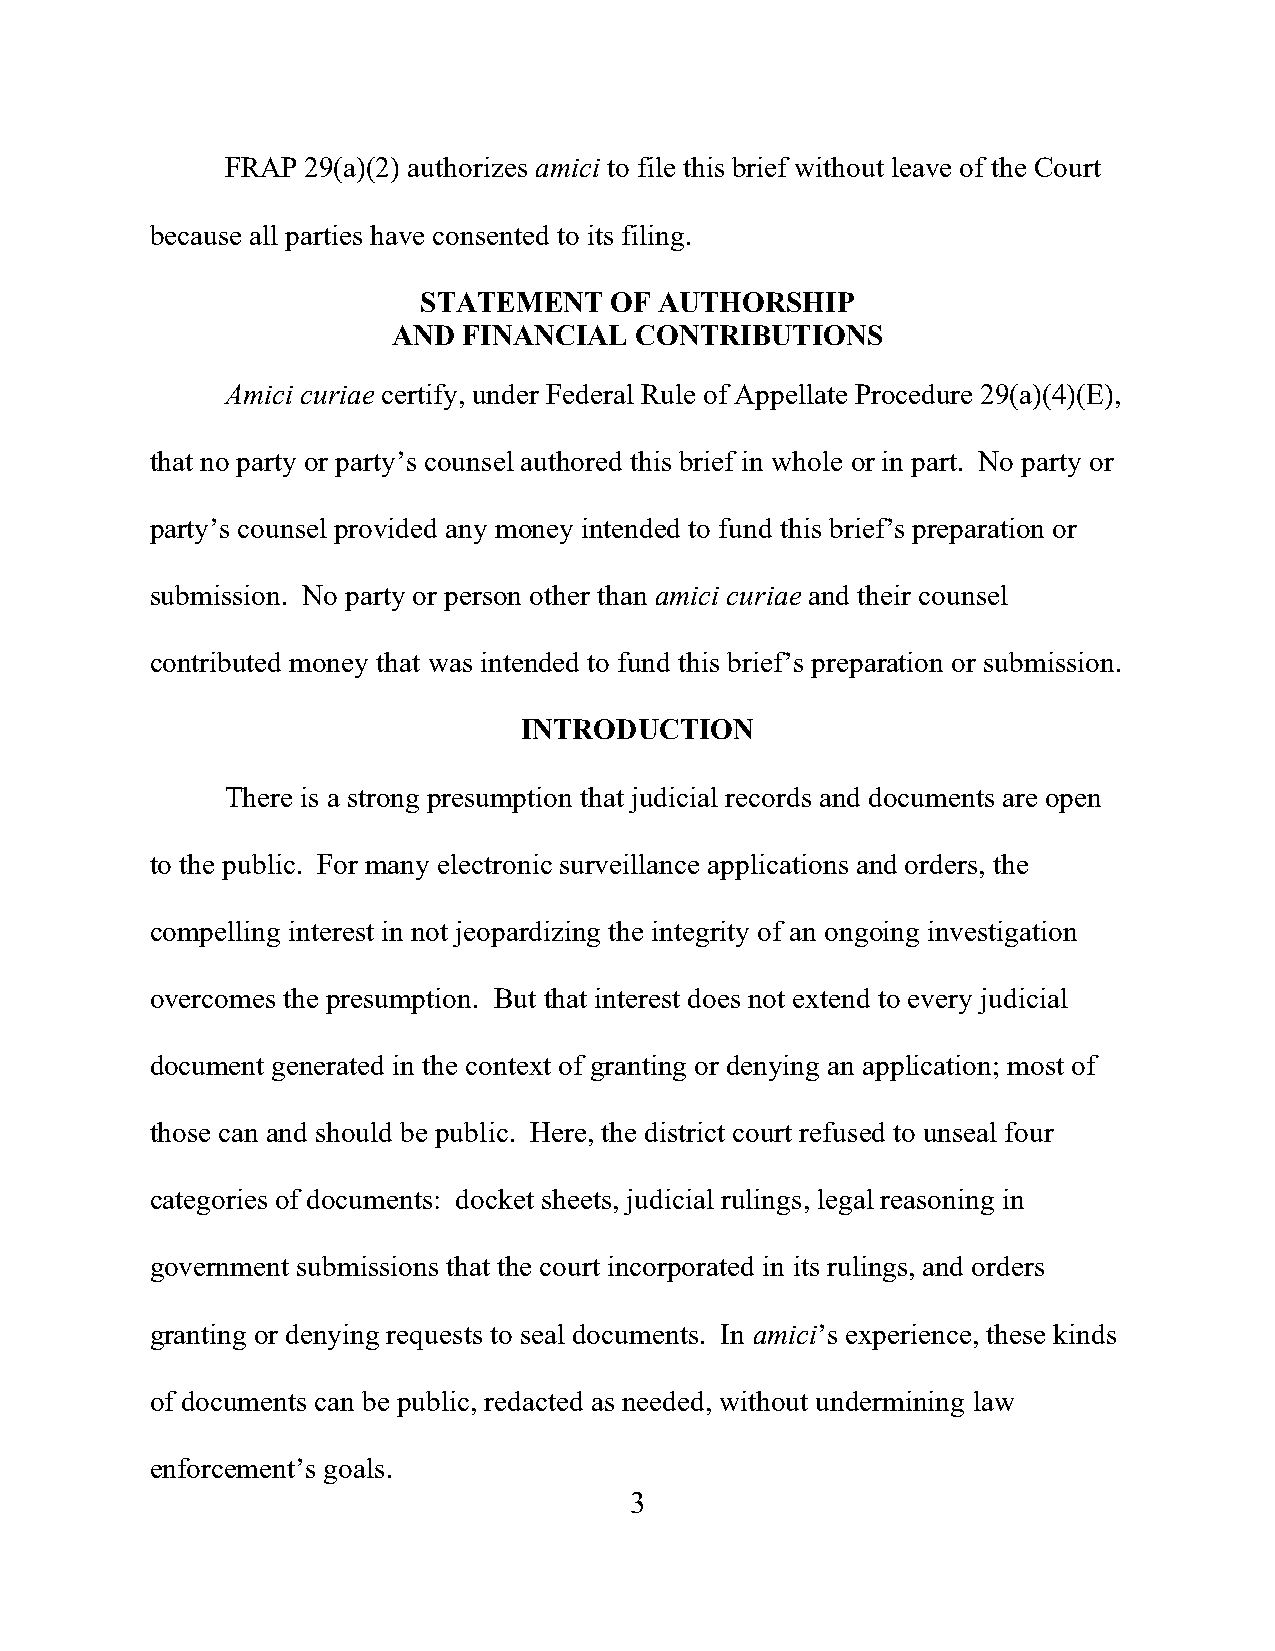
FRAP 29(a)(2) authorizes amici to file this brief without leave of the Court
 because all parties have consented to its filing.
 STATEMENT   OF  AUTHORSHIP
 AND  FINANCIAL  CONTRIBUTIONS
 Amici curiae certify, under Federal Rule of Appellate Procedure 29(a)(4)(E),
 that no party or party’s counsel authored this brief in whole or in part. No party or
 party’s counsel provided any money intended to fund this brief’s preparation or
 submission. No party or person other than amici curiae and their counsel
 contributed money that was intended to fund this brief’s preparation or submission.
 INTRODUCTION
 There is a strong presumption that judicial records and documents are open
 to the public. For many electronic surveillance applications and orders, the
 compelling interest in not jeopardizing the integrity of an ongoing investigation
 overcomes the presumption. But that interest does not extend to every judicial
 document generated in the context of granting or denying an application; most of
 those can and should be public. Here, the district court refused to unseal four
 categories of documents: docket sheets, judicial rulings, legal reasoning in
 government submissions that the court incorporated in its rulings, and orders
 granting or denying requests to seal documents. In amici’s experience, these kinds
 of documents can be public, redacted as needed, without undermining law
 enforcement’s goals.
 3